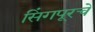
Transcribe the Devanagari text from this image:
सिंगपूरचे